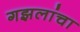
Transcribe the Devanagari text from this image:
गझलांचा